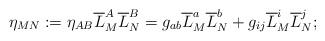
LaTeX: \begin{align*}\eta_{MN}:=\eta_{AB} \overline{L}^{A}_{M}\overline{L}^{B}_{N}=g_{ab}\overline{L}^{a}_{M}\overline{L}^{b}_{N}+g_{ij}\overline{L}^{i}_{M}\overline{L}^{j}_{N};\end{align*}